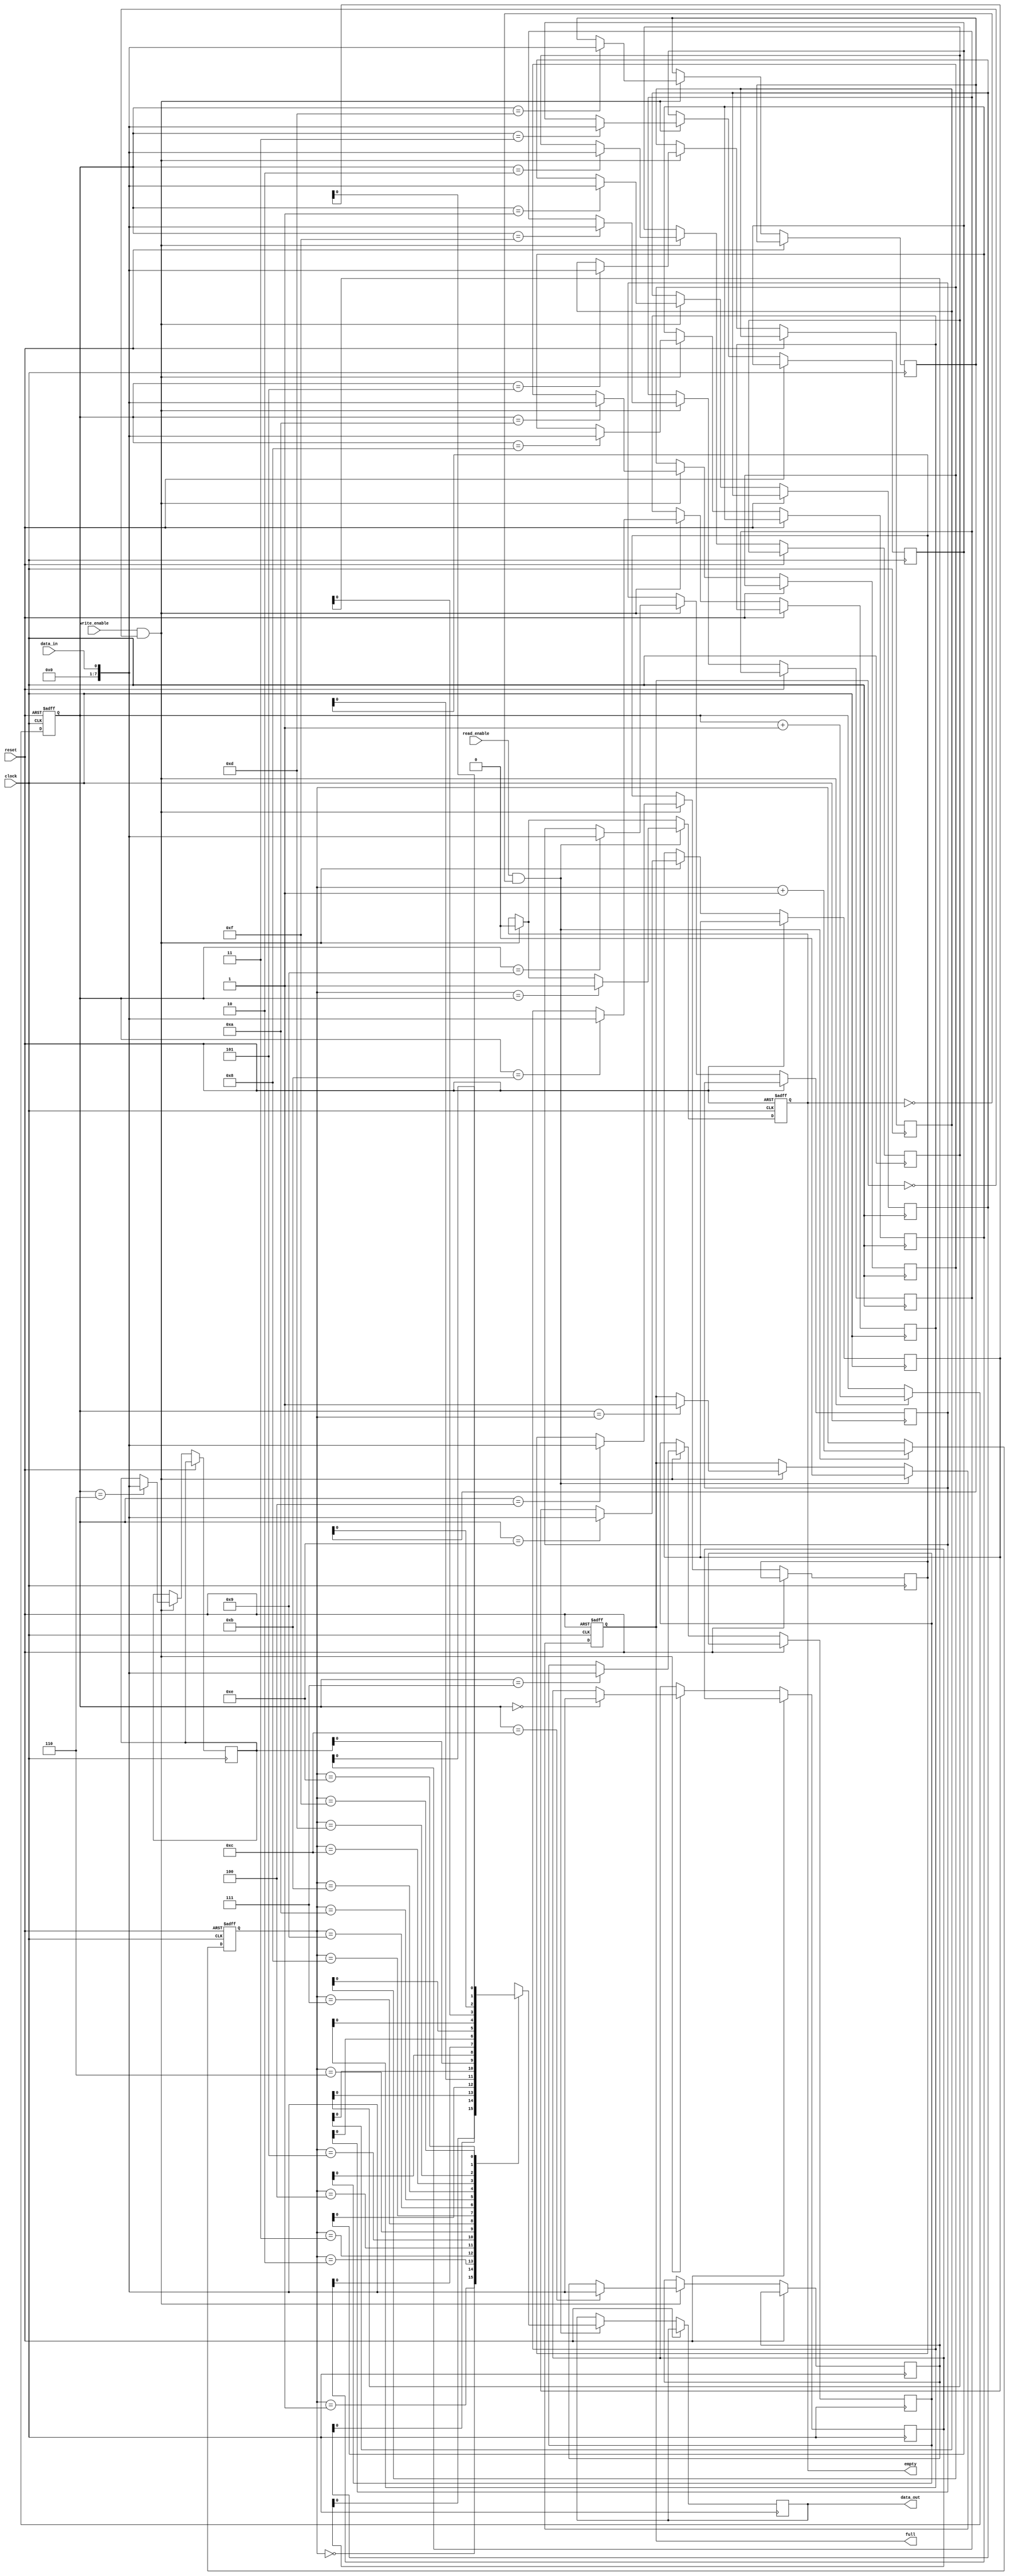
module asynchronous_fifo (
    input wire clock,
    input wire reset,
    input wire write_enable,
    input wire read_enable,
    input wire data_in,
    output reg data_out,
    output reg full,
    output reg empty
);

parameter FIFO_DEPTH = 16;

reg [7:0] fifo_buffer [0:FIFO_DEPTH-1];
reg [3:0] write_pointer;
reg [3:0] read_pointer;

always @(posedge clock or posedge reset) begin
    if (reset) begin
        write_pointer <= 0;
        read_pointer <= 0;
        full <= 0;
        empty <= 1;
    end else begin
        if (write_enable && !full) begin
            fifo_buffer[write_pointer] <= data_in;
            write_pointer <= write_pointer + 1;
            if (write_pointer == FIFO_DEPTH) write_pointer <= 0;
            empty <= 0;
            if (write_pointer == read_pointer) full <= 1;
        end
        if (read_enable && !empty) begin
            data_out <= fifo_buffer[read_pointer];
            read_pointer <= read_pointer + 1;
            if (read_pointer == FIFO_DEPTH) read_pointer <= 0;
            full <= 0;
            if (read_pointer == write_pointer) empty <= 1;
        end
    end
end

endmodule